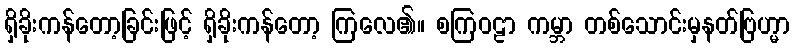
ရှိခိုးကန်တော့ခြင်းဖြင့် ရှိခိုးကန်တော့ ကြလေ၏။ စကြဝဠာ ကမ္ဘာ တစ်သောင်းမှနတ်ဗြဟ္မာ